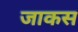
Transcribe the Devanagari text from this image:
जाकस